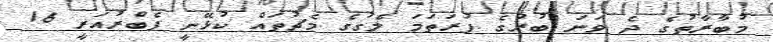
މުބާރާތުގެ ދެ ވަނަ ބުރުގެ ފުރަތަމަ ލެގުގެ މެޗުތައް ކުޅޭނީ ފެބްރުއަރީ 16